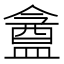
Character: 盦